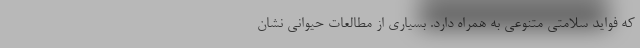
که فواید سلامتی متنوعی به همراه دارد. بسیاری از مطالعات حیوانی نشان